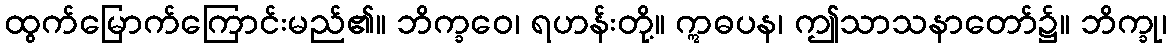
ထွက်မြောက်ကြောင်းမည်၏။ ဘိက္ခဝေ၊ ရဟန်းတို့။ ဣဓပန၊ ဤသာသနာတော်၌။ ဘိက္ခု၊